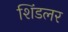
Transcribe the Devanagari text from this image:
शिंडलर